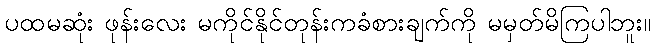
ပထမဆုံး ဖုန်းလေး မကိုင်နိုင်တုန်းကခံစားချက်ကို မမှတ်မိကြပါဘူး။